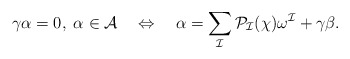
\begin{align*}\gamma \alpha =0, \; \alpha \in \cal{A} \quad\Leftrightarrow\quad\alpha =\sum_I P_I(\chi)\omega^I+ \gamma\beta.\end{align*}